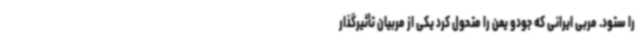
را ستود. مربی ایرانی که جودو یمن را متحول کرد یکی از مربیان تأثیرگذار